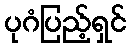
ပုဂံပြည့်ရှင်